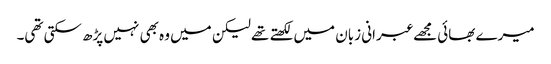
میرے بھائی مجھے عبرانی زبان میں لکھتے تھے لیکن میں وہ بھی نہیں پڑھ سکتی تھی۔